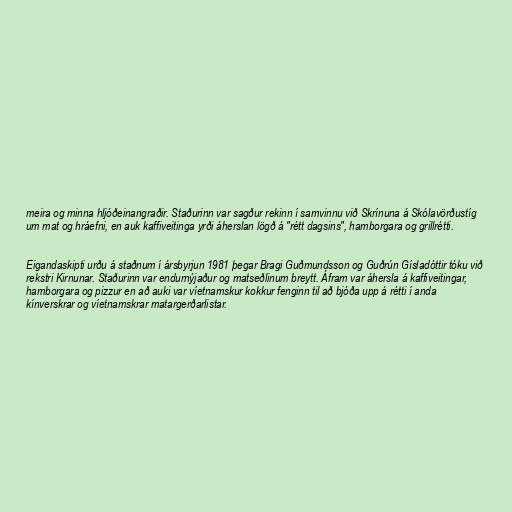
meira og minna hljóðeinangraðir. Staðurinn var sagður rekinn í samvinnu við Skrínuna á Skólavörðustíg
um mat og hráefni, en auk kaffiveitinga yrði áherslan lögð á "rétt dagsins", hamborgara og grillrétti.

Eigandaskipti urðu á staðnum í ársbyrjun 1981 þegar Bragi Guðmundsson og Guðrún Gísladóttir tóku við
rekstri Kirnunar. Staðurinn var endurnýjaður og matseðlinum breytt. Áfram var áhersla á kaffiveitingar,
hamborgara og pizzur en að auki var víetnamskur kokkur fenginn til að bjóða upp á rétti í anda
kínverskrar og víetnamskrar matargerðarlistar.